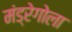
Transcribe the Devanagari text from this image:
मंड्रेगोला